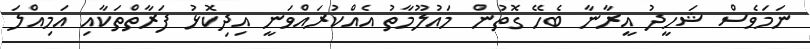
ނަމަވެސް ޝަހީދު އީރާނާ ބެހޭ ގޮތުން މައުލޫމާތު އެއްކުރައްވަނީ އިދިކޮޅު ފަރާތްތަކާއި އަމިއްލަ